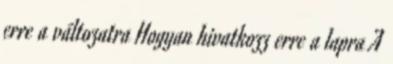
erre a változatra Hogyan hivatkozz erre a lapra A